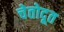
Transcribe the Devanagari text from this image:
चेतोदूत